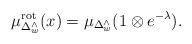
LaTeX: \begin{align*}\mu_{\Delta^\wedge_w}^{\mathrm{rot}}(x)=\mu_{\Delta^\wedge_w}(1 \otimes e^{-\lambda}).\end{align*}